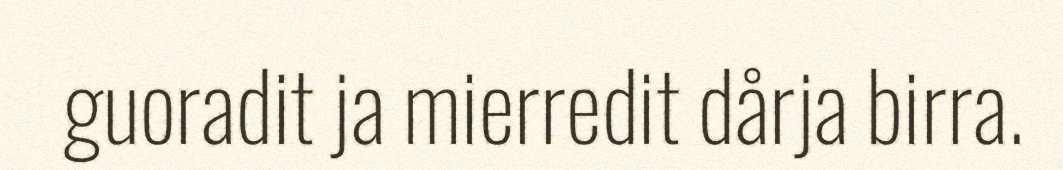
guoradit ja mierredit dårja birra.